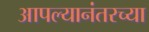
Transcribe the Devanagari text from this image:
आपल्यानंतरच्या